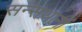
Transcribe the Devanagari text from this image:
सन्सथानों